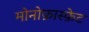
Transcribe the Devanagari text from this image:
मोनोफ़ास्फ़ेट